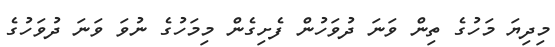
މިދިޔަ މަހުގެ ތިން ވަނަ ދުވަހުން ފެށިގެން މިމަހުގެ ނުވަ ވަނަ ދުވަހުގެ